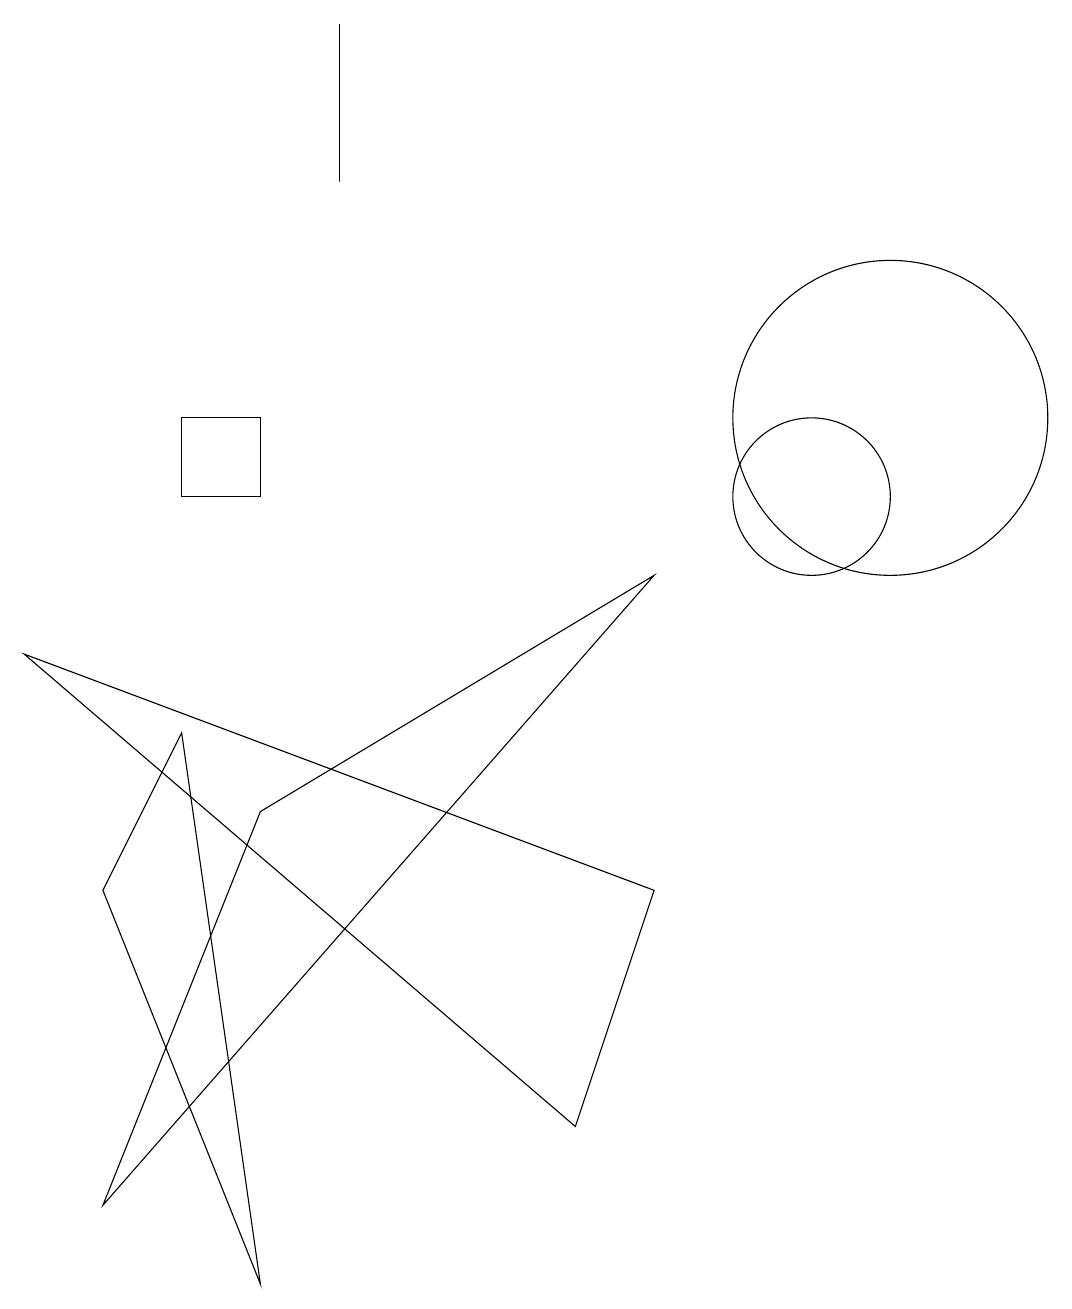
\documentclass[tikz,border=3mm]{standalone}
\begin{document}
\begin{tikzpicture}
\draw (11,11) circle (2);
\draw (8,5) -- (7,2) -- (0,8) -- cycle;
\draw (3,10) rectangle (2,11);
\draw (3,0) -- (1,5) -- (2,7) -- cycle;
\draw (10,10) circle (1);
\draw (11,11) circle (0);
\draw (4,14) rectangle (4,16);
\draw (8,9) -- (1,1) -- (3,6) -- cycle;
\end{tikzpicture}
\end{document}